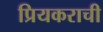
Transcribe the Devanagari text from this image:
प्रियकराची